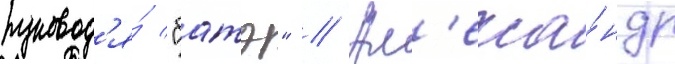
руковод'я́ "батэ" // Ал'екса́ндр